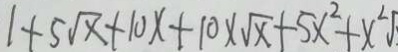
1 + 5 \sqrt { x } + 1 0 x + 1 0 \times \sqrt { x } + 5 x ^ { 2 } + x ^ { 2 }